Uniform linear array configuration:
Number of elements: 16
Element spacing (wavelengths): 1
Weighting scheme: uniform
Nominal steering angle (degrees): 0
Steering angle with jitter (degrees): -0.7609
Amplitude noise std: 0.05
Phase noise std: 0.05

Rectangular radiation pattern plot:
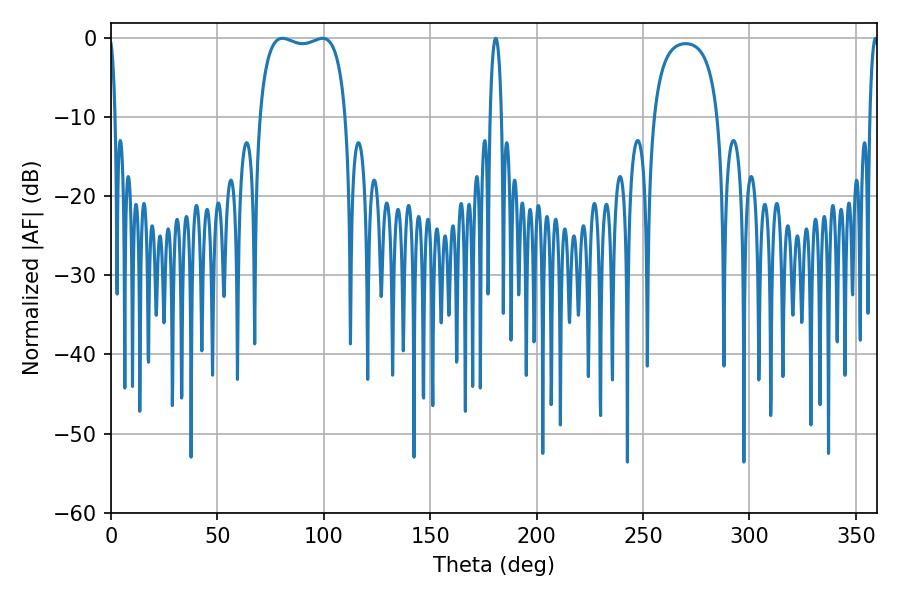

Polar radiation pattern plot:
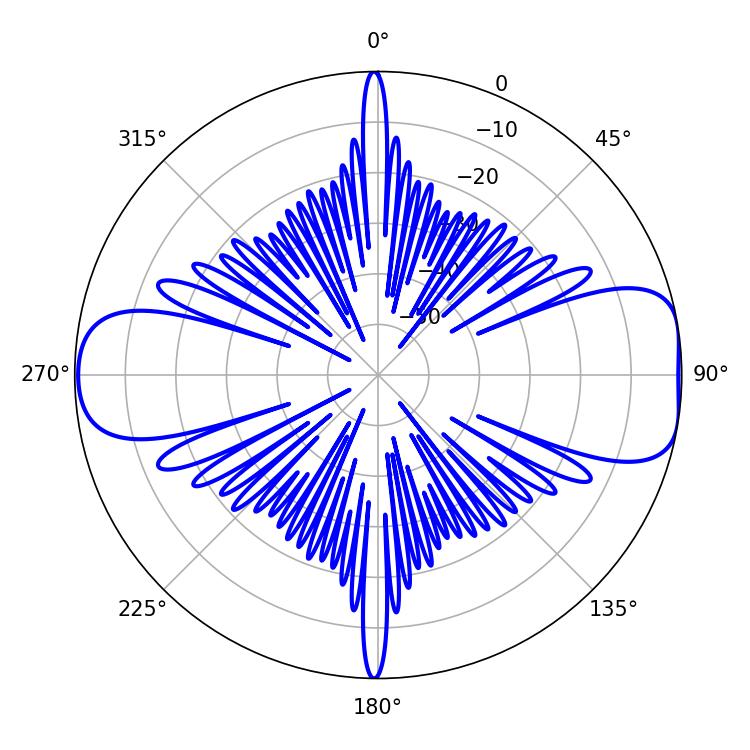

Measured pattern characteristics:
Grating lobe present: TRUE
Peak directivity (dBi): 9.362
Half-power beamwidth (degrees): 32.76
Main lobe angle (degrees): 80.64